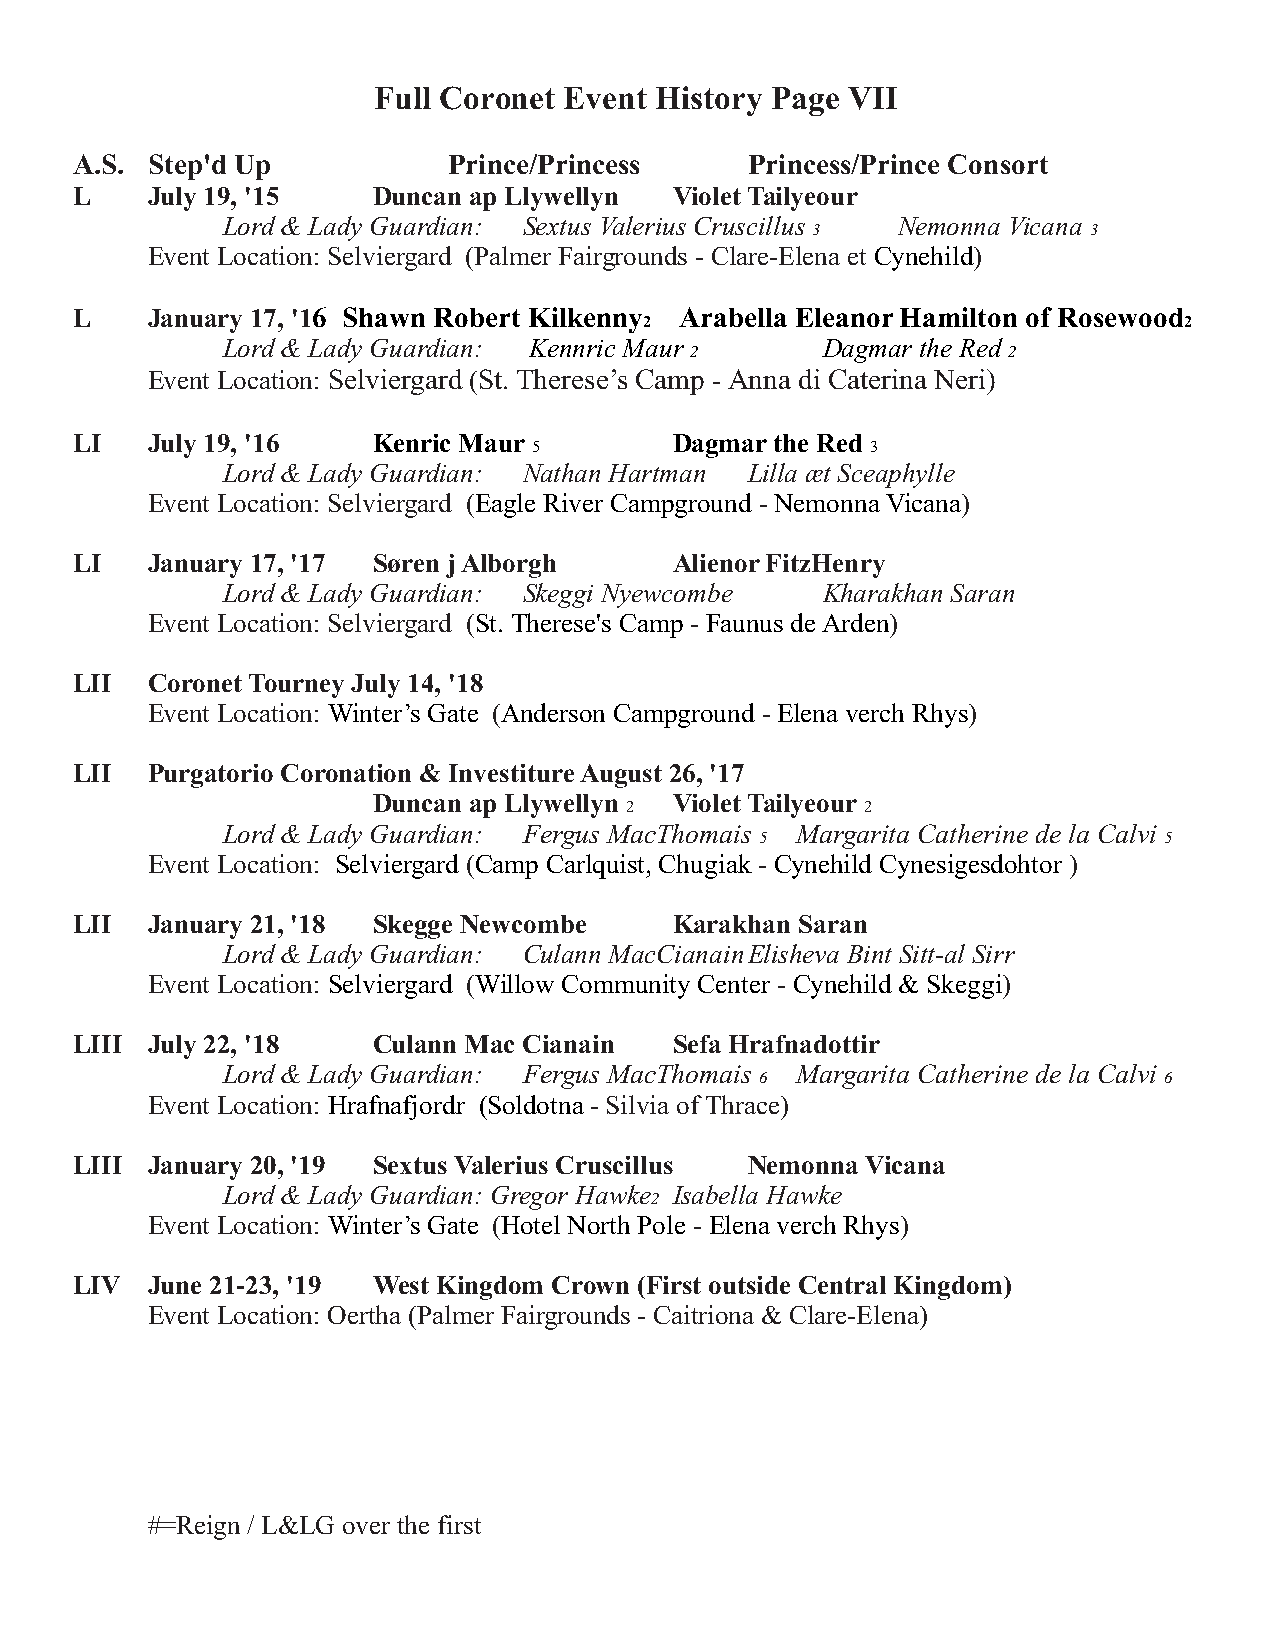
Full Coronet Event History Page VII
 A.S. Step'd Up           Prince/Princess     Princess/Prince Consort
 L    July 19, '15   Duncan ap Llywellyn Violet Tailyeour
 Lord & Lady Guardian: Sextus Valerius Cruscillus Nemonna Vicana
 3                 3
 Event Location: Selviergard (Palmer Fairgrounds - Clare-Elena et Cynehild)
 L    January 17, '16 Shawn Robert Kilkenny Arabella Eleanor Hamilton of Rosewood
 2                                  2
 Lord & Lady Guardian: Kennric Maur     Dagmar the Red
 2                    2
 Event Location: Selviergard (St. Therese’s Camp - Anna di Caterina Neri)
 LI   July 19, '16   Kenric Maur         Dagmar the Red
 5                      3
 Lord & Lady Guardian: Nathan Hartman Lilla æt Sceaphylle
 Event Location: Selviergard (Eagle River Campground - Nemonna Vicana)
 LI   January 17, '17 Søren j Alborgh    Alienor FitzHenry
 Lord & Lady Guardian: Skeggi Nyewcombe Kharakhan Saran
 Event Location: Selviergard (St. Therese's Camp - Faunus de Arden)
 LII  Coronet Tourney July 14, '18
 Event Location: Winter’s Gate (Anderson Campground - Elena verch Rhys)
 LII  Purgatorio Coronation & Investiture August 26, '17
 Duncan ap Llywellyn Violet Tailyeour
 2               2
 Lord & Lady Guardian: Fergus MacThomais Margarita Catherine de la Calvi
 5                          5
 Event Location: Selviergard (Camp Carlquist, Chugiak - Cynehild Cynesigesdohtor )
 LII  January 21, '18 Skegge Newcombe    Karakhan Saran
 Lord & Lady Guardian: Culann MacCianainElisheva Bint Sitt-al Sirr
 Event Location: Selviergard (Willow Community Center - Cynehild & Skeggi)
 LIII July 22, '18   Culann Mac Cianain  Sefa Hrafnadottir
 Lord & Lady Guardian: Fergus MacThomais Margarita Catherine de la Calvi
 6                          6
 Event Location: Hrafnafjordr (Soldotna - Silvia of Thrace)
 LIII January 20, '19 Sextus Valerius Cruscillus Nemonna Vicana
 Lord & Lady Guardian: Gregor Hawke Isabella Hawke
 2
 Event Location: Winter’s Gate (Hotel North Pole - Elena verch Rhys)
 LIV  June 21-23, '19 West Kingdom Crown (First outside Central Kingdom)
 Event Location: Oertha (Palmer Fairgrounds - Caitriona & Clare-Elena)
 #=Reign / L&LG over the first